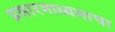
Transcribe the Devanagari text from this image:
प्रसारमाध्यमाचा